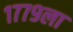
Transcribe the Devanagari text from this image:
१७७९ला